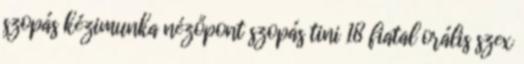
szopás kézimunka nézőpont szopás tini 18 fiatal orális szex